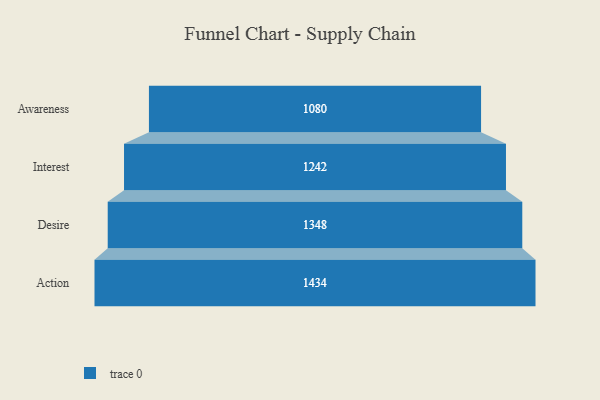
{"axis": {"x": "Stage", "y": "Value"}, "legend": [""], "data": [{"x": "Awareness", "y": 1080.0, "type": ""}, {"x": "Interest", "y": 1242.0, "type": ""}, {"x": "Desire", "y": 1348.0, "type": ""}, {"x": "Action", "y": 1434.0, "type": ""}]}